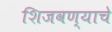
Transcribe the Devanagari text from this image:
शिजवण्याचे